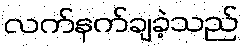
လက်နက်ချခဲ့သည်